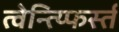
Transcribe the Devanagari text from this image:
त्वेन्त्य्फिर्स्त